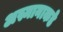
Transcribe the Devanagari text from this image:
अस्मानाकडे